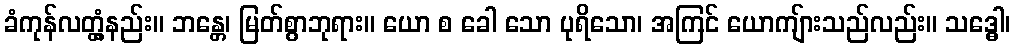
ခံကုန်လတ္တံ့နည်း။ ဘန္တေ၊ မြတ်စွာဘုရား။ ယော စ ခေါ သော ပုရိသော၊ အကြင် ယောကျ်ားသည်လည်း။ သဒ္ဓေါ၊